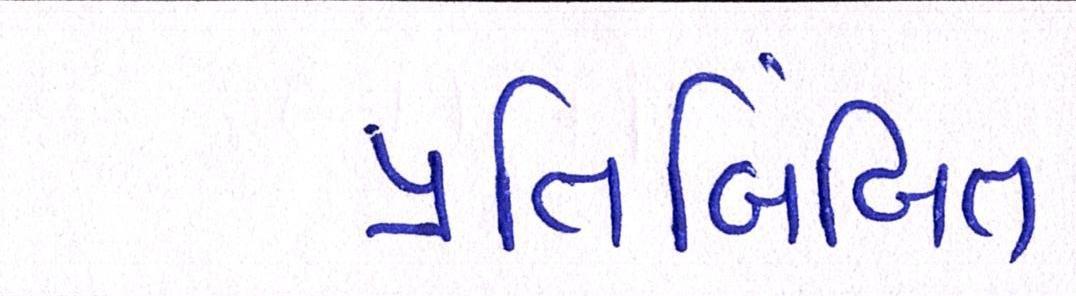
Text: પ્રતિબિંબિત